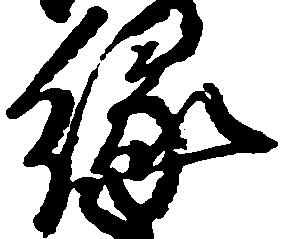
縁